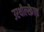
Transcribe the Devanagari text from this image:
उरथील्स्क्रैफ़्ट